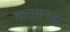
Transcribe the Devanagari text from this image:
कतमनक